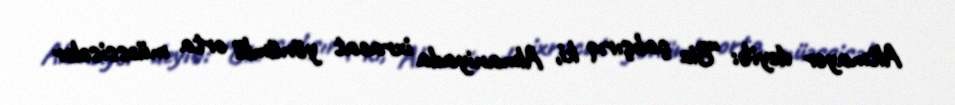
Altmayer deyib: “Biz çalışırıq ki, Almaniyada ixracat yönümlü orta müəssisələr